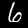
Label: 6